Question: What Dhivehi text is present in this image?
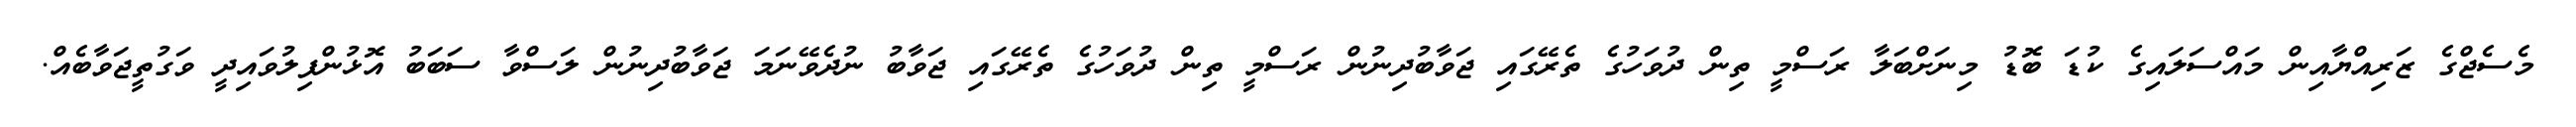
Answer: މެސެޖްގެ ޒަރިއްޔާއިން މައްސަލައިގެ ކުޑަ ބޮޑު މިނަށްބަލާ ރަސްމީ ތިން ދުވަހުގެ ތެރޭގައި ޖަވާބުދިނުން ރަސްމީ ތިން ދުވަހުގެ ތެރޭގައި ޖަވާބު ނުދެވޭނަމަ ޖަވާބުދިނުން ލަސްވާ ސަބަބު އޮޅުންފިލުވައިދީ ވަގުތީޖަވާބެއް.